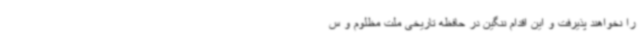
را نخواهند پذیرفت و این اقدام ننگین در حافظه تاریخی ملت مظلوم و س